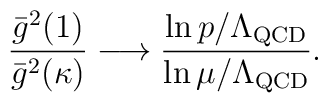
{\bar{g}^2(1) \over \bar{g}^2(\kappa)} \longrightarrow   \frac{\ln p/\Lambda_{\rm QCD}}{\ln \mu/\Lambda_{\rm QCD}} .